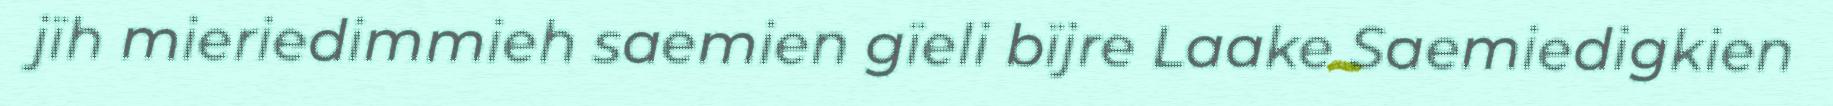
jïh mieriedimmieh saemien gïeli bïjre Laake Saemiedigkien